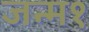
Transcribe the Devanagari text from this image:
जन्म१